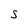
Character: s